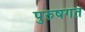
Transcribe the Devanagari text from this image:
पुरुषगत